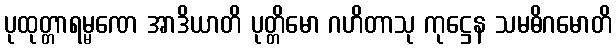
ပုထုတ္တာရမ္မဏေ အာဒိယာတိ ပုတ္တိမော ဂဟိတာသု ကုဋ္ဌေန သမဓိဂမောတိ